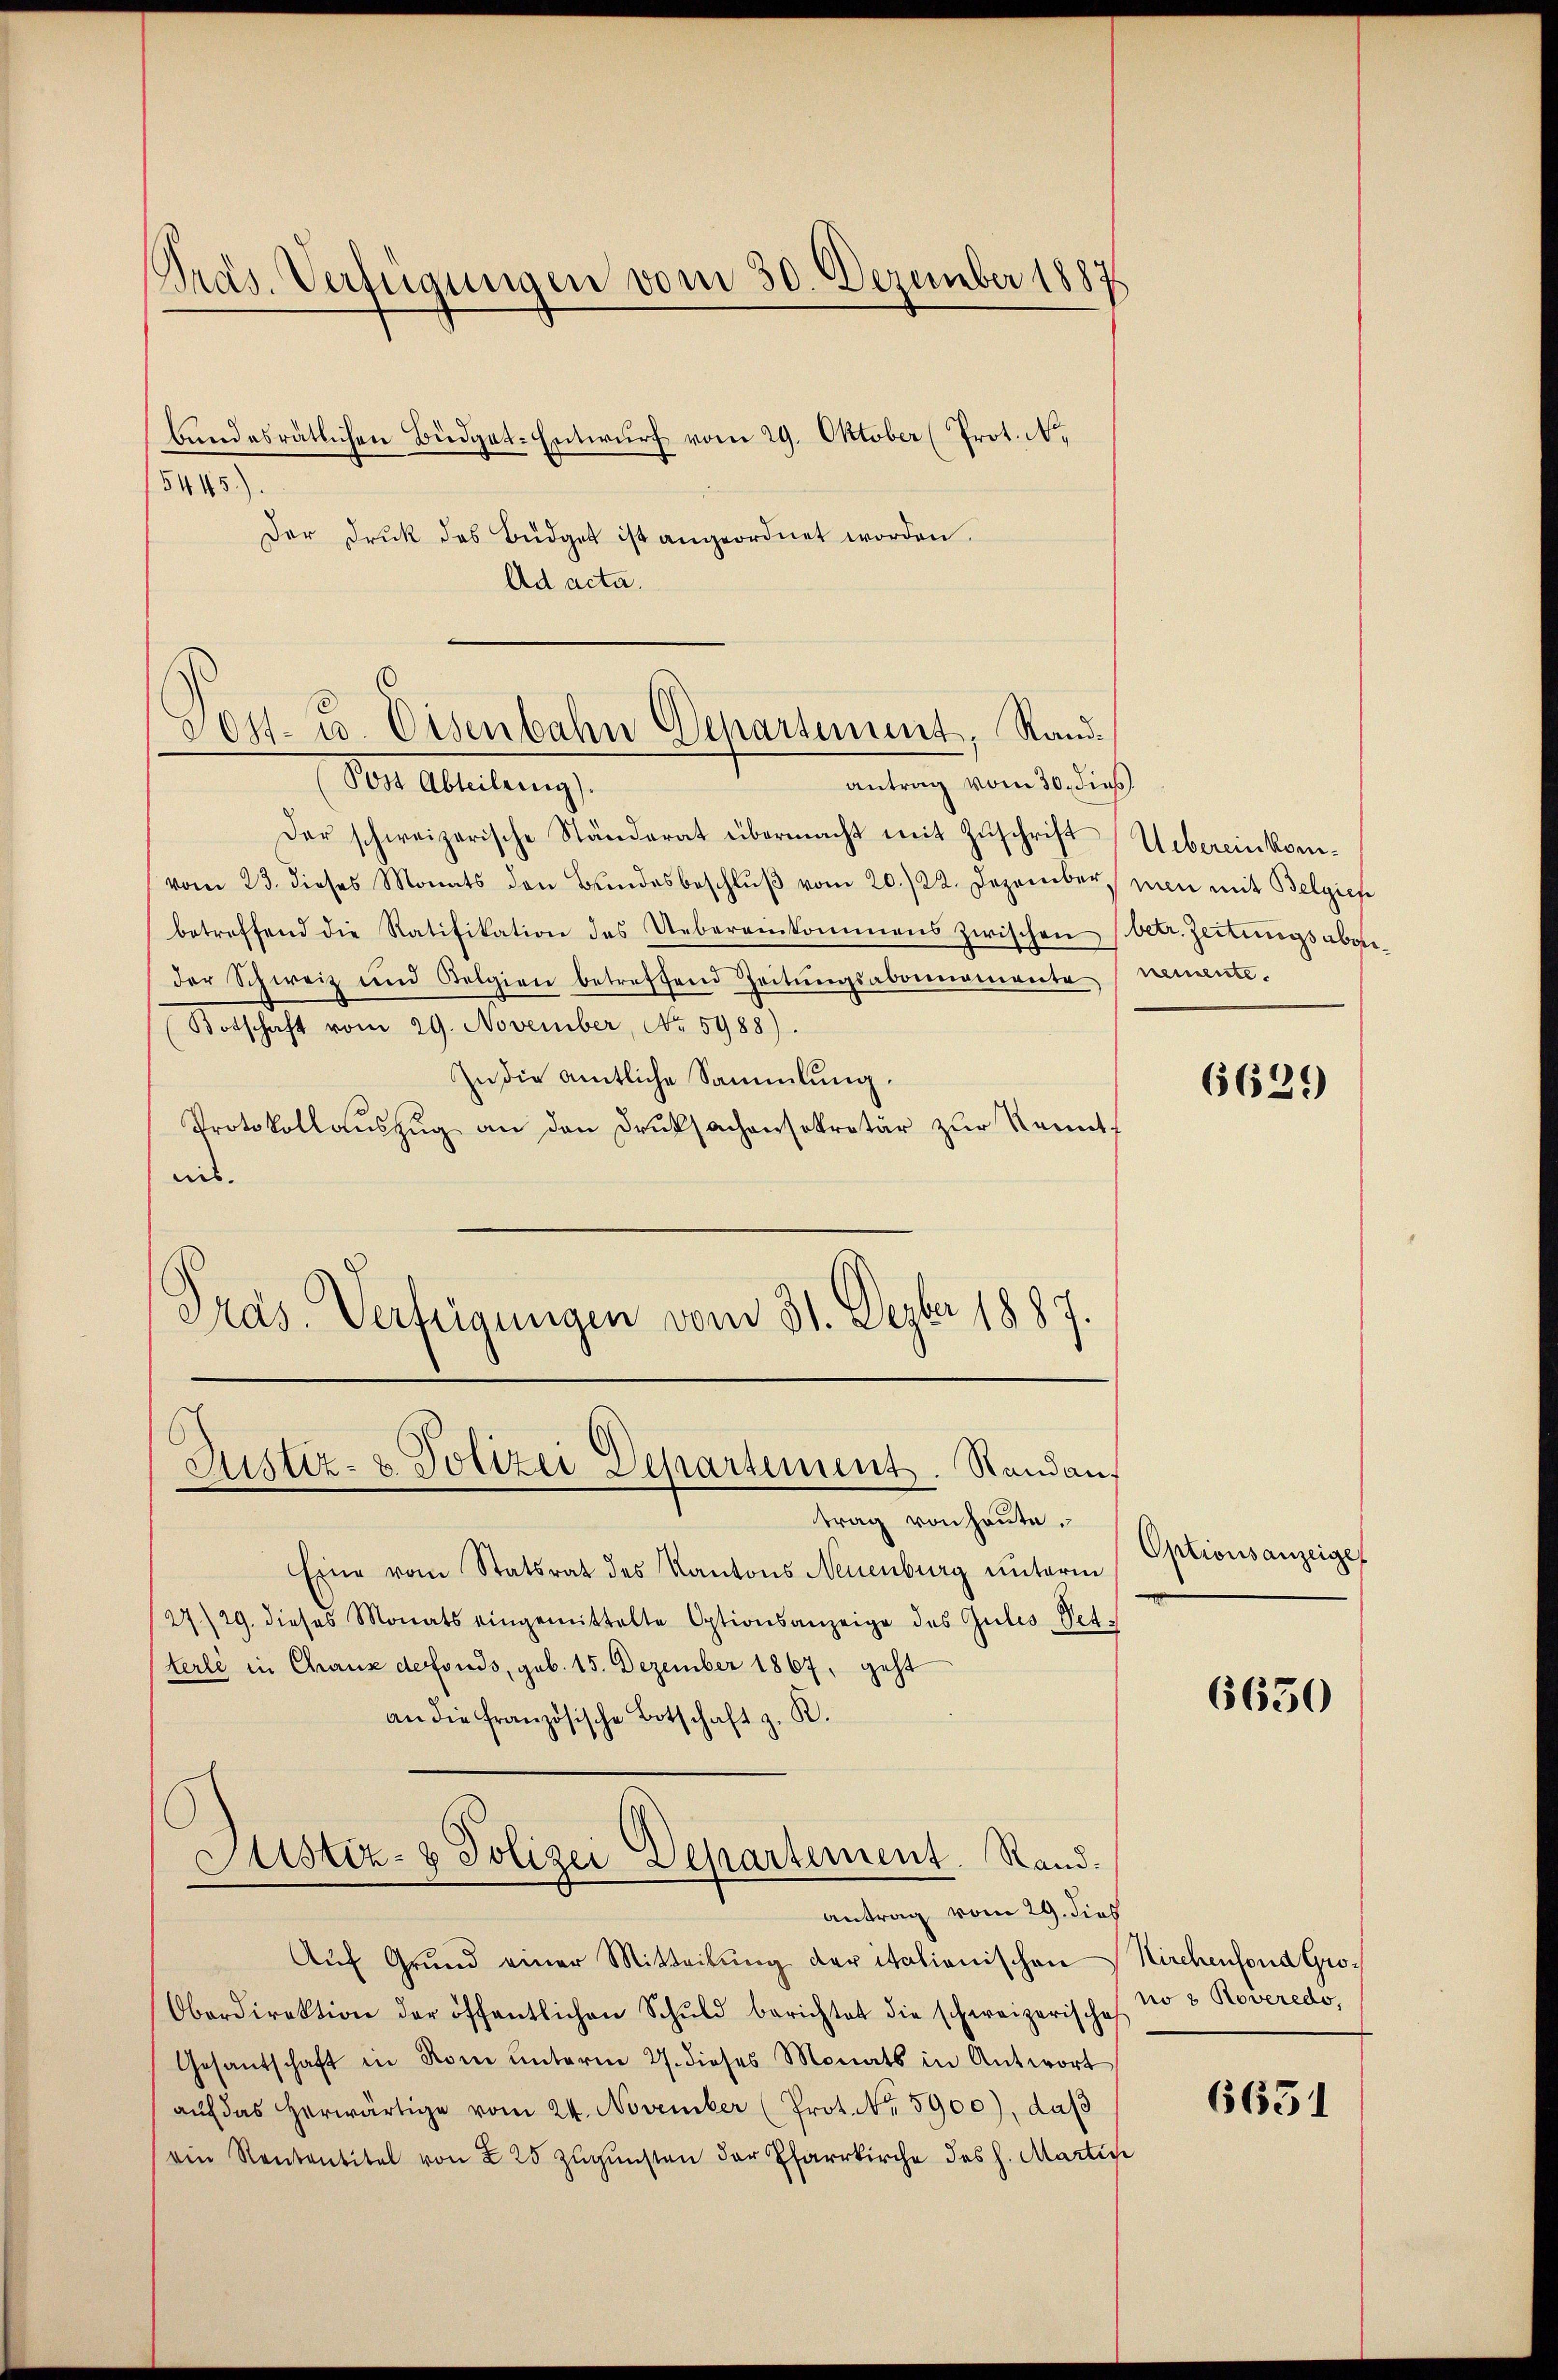
Präs. Verfügungen vom 30. Dezember 1887

bundesrätlichen Büdget-Entwurf vom 29. Oktober (Prot. N.
Der Druk des Büdget ist angeordnet worden.
Ad acta.

5445).

801 u. Eisenbahn Departement, Randantrag vom 30. dieß
Der Abteilung

Justiz- & Polizei Departement. Standans

Der schweizerische Ständerat übermacht mit Zŭschrift Uebereinkomvom 23. dieses Monats den Bŭndesbeschlŭβ vom 20./22. Dezember mien mit Belgich
betreffend die Ratifikation des Uebereinkommens zwischen (betr. Zeitungsabgeder Schweiz und Belgien betreffend Zeitŭngsabonnemente nemente.
(Botschaft vom 29. November, No. 5988).
In die amtliche Sammlung.
Protokollauszug an den Druksachensekretär zur Kennt
nis.
Präs. Verfügungen vom 31. Dezbr 1887

Justiz- & Polizei Departement. Rand.

trag von heute.
Eine vom Statsrat des Kantons Neuenburg unterm
27/29. dieses Monats eingemittelte Optionsanzeige des Gutes Petterli in Chaus defonds, geb. 15. Dezember 1867, geht
an die französische Botschaft z. R.

antrag vom 29. dies
Aŭf Grŭnd einer Mitteilŭng der itationischen Kirchenfond Gro¬
Oberdirektion der öffentlichen Schŭld berichtet die schweizerische No 3 Roveredo,
Gesandschaft in Rom ŭnterm 27. dieses Monats in Antwort
aŭf das herwärtige vom 24. November (Prot. No. 5900), daß
ein Rententitel von 2 25 zugunsten der Pfarrkirche des h. Martici

6629

Optionsanzeige

6630

6651